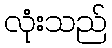
လုံးသည်